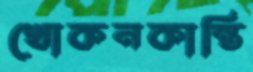
খোকনকান্তি